Civil Veterinary Dept. Bombay admin report 1923-31 - 1923-1931
Year: 1923
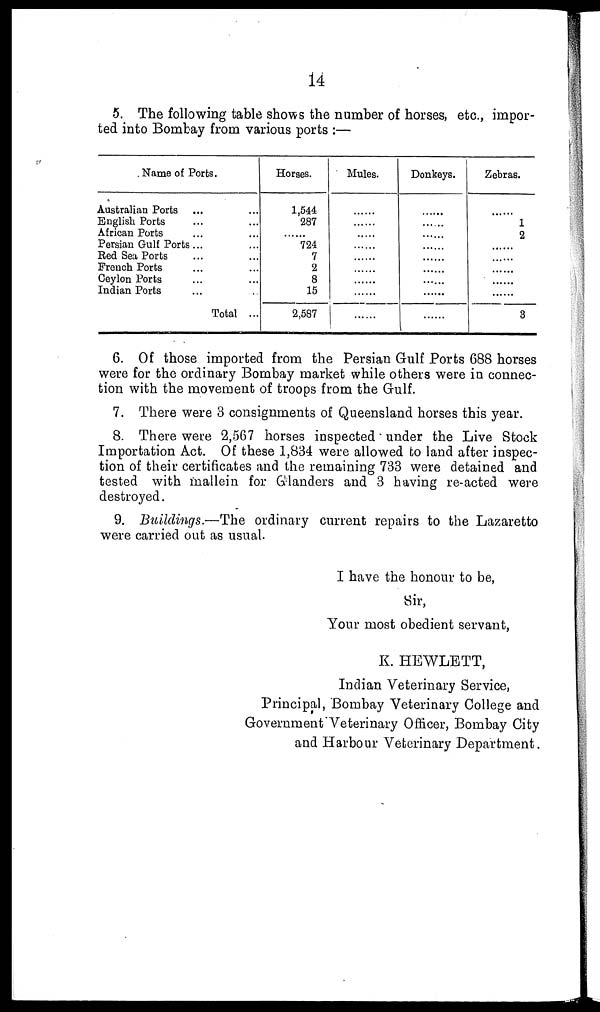
14
5. The following table shows the number of horses, etc., impor-
ted into Bombay from various ports :—
Name of Ports.
Australian Ports ... ...
English Ports ... ...
African Ports ... ...
Persian Gulf Ports ... ...
Red Sea Ports ... ...
French Ports ... ...
Ceylon Ports ... ...
Indian Ports ... ...
Total ...
Horses.
1,544
287
......
724
7
2
8
15
2,587
Mules.
......
......
......
......
......
......
......
......
Donkeys.
......
......
......
......
......
......
......
......
......
Zebras.
......
1
2
......
......
......
......
......
3
6. Of those imported from the Persian Gulf Ports 688 horses
were for the ordinary Bombay market while others were in connec-
tion with the movement of troops from the Gulf.
7. There were 3 consignments of Queensland horses this year.
8. There were 2,567 horses inspected under the Live Stock
Importation Act. Of these 1,834 were allowed to land after inspec-
tion of their certificates and the remaining 733 were detained and
tested with mallein for Glanders and 3 having re-acted were
destroyed.
9. Buildings.—The ordinary current repairs to the Lazaretto
were carried out as usual.
I have the honour to be,
Sir,
Your most obedient servant,
K. HEWLETT,
Indian Veterinary Service,
Principal, Bombay Veterinary College and
Government Veterinary Officer, Bombay City
and Harbour Veterinary Department.